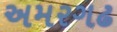
અમરગઢ